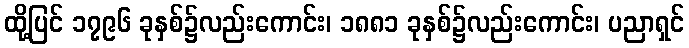
ထို့ပြင် ၁၇၉၆ ခုနှစ်၌လည်းကောင်း၊ ၁၈၈၁ ခုနှစ်၌လည်းကောင်း၊ ပညာရှင်